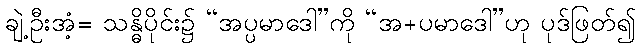
ချဲ့ဦးအံ့= သန္ဓိပိုင်း၌ “အပ္ပမာဒေါ”ကို “အ+ပမာဒေါ”ဟု ပုဒ်ဖြတ်၍